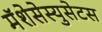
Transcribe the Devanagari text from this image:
मॅशेसेस्युसेटस